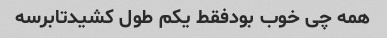
همه چی خوب بودفقط یکم طول کشیدتابرسه